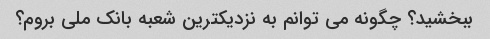
ببخشید؟ چگونه می توانم به نزدیکترین شعبه بانک ملی بروم؟